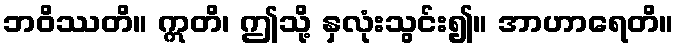
ဘဝိဿတိ။ ဣတိ၊ ဤသို့ နှလုံးသွင်း၍။ အာဟာရေတိ။